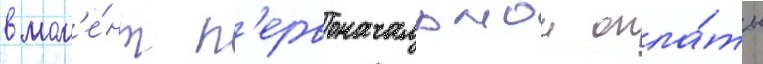
в мом'е́нт п'ервоначальнои опла́ты